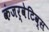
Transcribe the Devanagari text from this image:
कंजर्वेटिव्स